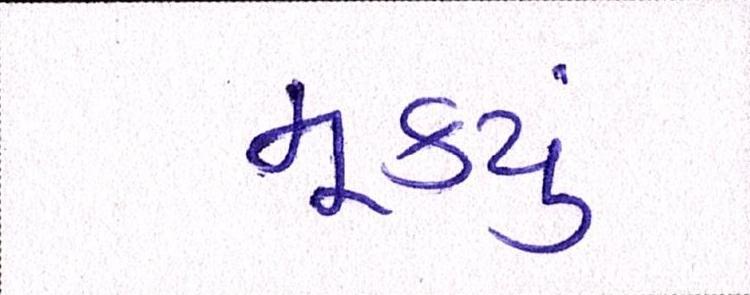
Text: મૂક્યું